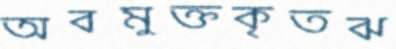
অবমুক্তকৃতঝ